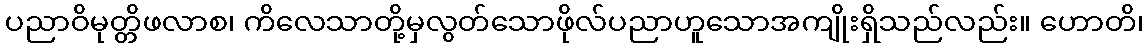
ပညာဝိမုတ္တိဖလာစ၊ ကိလေသာတို့မှလွတ်သောဖိုလ်ပညာဟူသောအကျိုးရှိသည်လည်း။ ဟောတိ၊